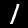
Label: 1